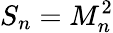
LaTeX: S_{n}=M_{n}^{2}